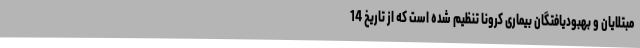
مبتلایان و بهبودیافتگان بیماری کرونا تنظیم شده است که از تاریخ 14